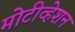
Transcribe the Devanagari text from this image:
मोटीव्हेशन